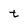
Character: t